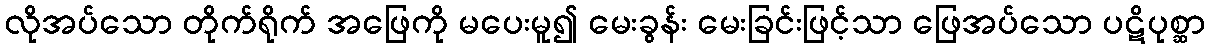
လိုအပ်သော တိုက်ရိုက် အဖြေကို မပေးမူ၍ မေးခွန်း မေးခြင်းဖြင့်သာ ဖြေအပ်သော ပဋိပုစ္ဆာ